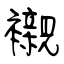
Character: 襯